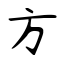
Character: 方